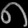
Digit: ၈